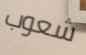
شعوب